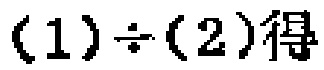
$(1)\div(2)得$